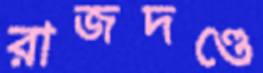
রাজদণ্ডে